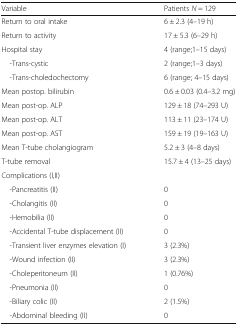
| Variable | Patients N = 129 |
 | --- | --- |
 | Return to oral intake | 6 ± 2.3 (4–19 h) |
 | Return to activity | 17 ± 5.3 (6–29 h) |
 | Hospital stay | 4 (range;1–15 days) |
 | -Trans-cystic | 2 (range;1–3 days) |
 | -Trans-choledochectomy | 6 (range; 4–15 days) |
 | Mean postop. bilirubin | 0.6 ± 0.03 (0.4–3.2 mg) |
 | Mean post-op. ALP | 129 ± 18 (74–293 U) |
 | Mean post-op. ALT | 113 ± 11 (23–174 U) |
 | Mean post-op. AST | 159 ± 19 (19–163 U) |
 | Mean T-tube cholangiogram | 5.2 ± 3 (4–8 days) |
 | T-tube removal | 15.7 ± 4 (13–25 days) |
 | <COLSPAN=2> Complications (I,II) |
 | -Pancreatitis (II) | 0 |
 | -Cholangitis (II) | 0 |
 | -Hemobilia (II) | 0 |
 | -Accidental T-tube displacement (II) | 0 |
 | -Transient liver enzymes elevation (I) | 3 (2.3%) |
 | -Wound infection (II) | 3 (2.3%) |
 | -Choleperitoneum (II) | 1 (0.76%) |
 | -Pneumonia (II) | 0 |
 | -Biliary colic (II) | 2 (1.5%) |
 | -Abdominal bleeding (II) | 0 |